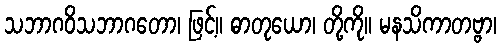
သဘာဂဝိသဘာဂတော၊ ဖြင့်။ ဓာတုယော၊ တို့ကို။ မနသိကာတဗ္ဗာ၊